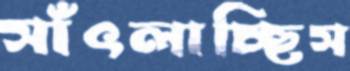
সাঁৎলাচ্ছিস